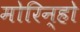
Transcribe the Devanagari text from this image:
मोरिन्हो